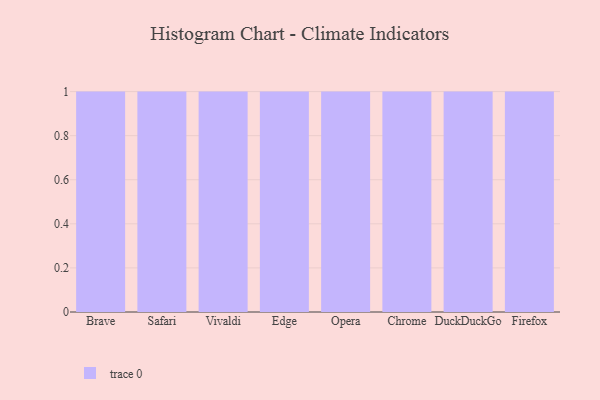
{"axis": {"x": "Browser", "y": "Operating Costs (USD K)"}, "legend": [""], "data": [{"x": "Brave", "y": 93, "type": ""}, {"x": "Safari", "y": 52, "type": ""}, {"x": "Vivaldi", "y": 35, "type": ""}, {"x": "Edge", "y": 48, "type": ""}, {"x": "Opera", "y": 28, "type": ""}, {"x": "Chrome", "y": 12, "type": ""}, {"x": "DuckDuckGo", "y": 90, "type": ""}, {"x": "Firefox", "y": 91, "type": ""}]}